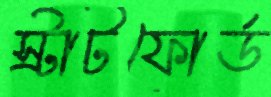
স্ট্রাটফোর্ড